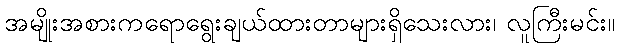
အမျိုးအစားကရောရွေးချယ်ထားတာများရှိသေးလား၊ လူကြီးမင်း။